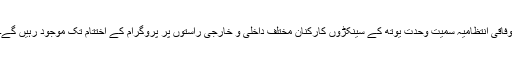
وفاقی انتظامیہ سمیت وحدت یوتھ کے سینکڑوں کارکنان مختلف داخلی و خارجی راستوں پر پروگرام کے اختتام تک موجود رہیں گے۔